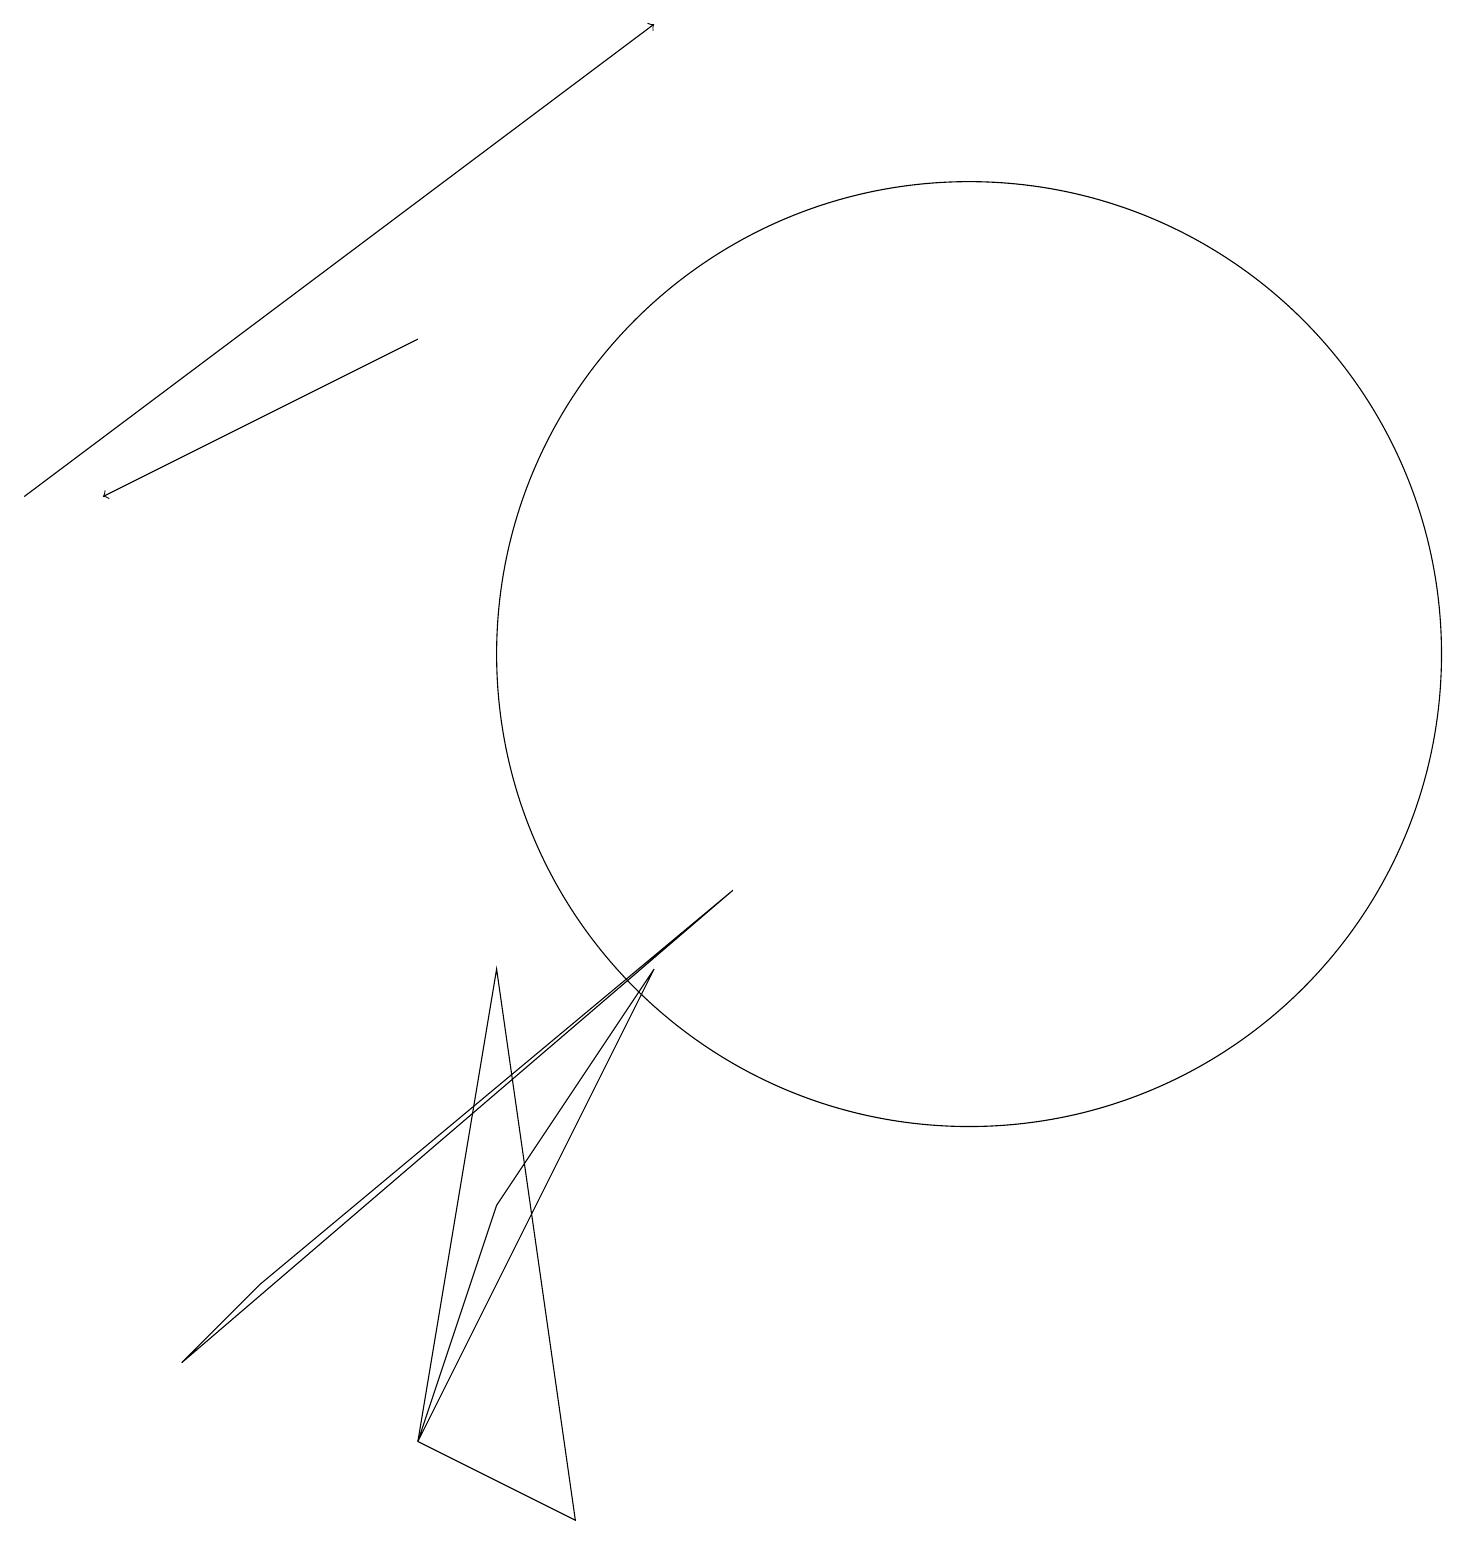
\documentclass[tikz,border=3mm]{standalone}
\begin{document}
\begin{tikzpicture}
\draw[->] (0,13) -- (8,19);
\draw[->] (5,15) -- (1,13);
\draw (3,3) -- (9,8) -- (2,2) -- cycle;
\draw (6,7) -- (5,1) -- (7,0) -- cycle;
\draw (12,11) circle (6);
\draw (5,1) -- (8,7) -- (6,4) -- cycle;
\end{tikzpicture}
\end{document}